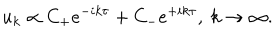
u _ { k } \propto C _ { \mathrm { + } } e ^ { - i k \tau } + C _ { \mathrm { - } } e ^ { + i k \tau } , \ k \rightarrow \infty .